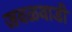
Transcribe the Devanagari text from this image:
जवळवाडी